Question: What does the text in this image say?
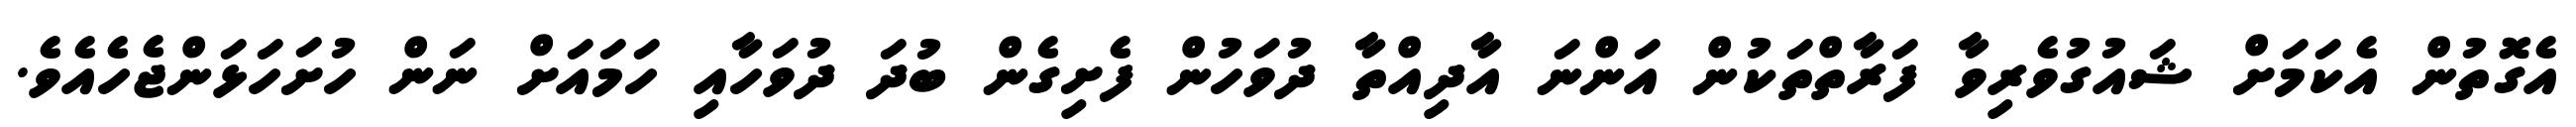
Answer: އެގޮތުން އެކަމަށް ޝައުގުވެރިވާ ފަރާތްތަކުން އަންނަ އާދިއްތާ ދުވަހުން ފެށިގެން ބުދަ ދުވަހާއި ހަމައަށް ނަން ހުށަހަޅަންޖެހެއެވެ.